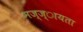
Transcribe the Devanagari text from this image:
मज्ज्ायता